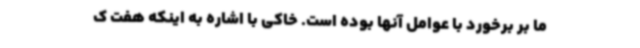
ما بر برخورد با عوامل آنها بوده است. خاکی با اشاره به اینکه هفت ک